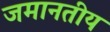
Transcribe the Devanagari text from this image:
जमानतीय